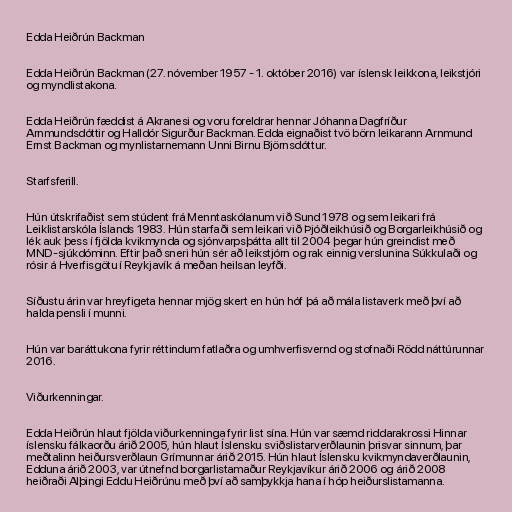
Edda Heiðrún Backman

Edda Heiðrún Backman (27. nóvember 1957 - 1. október 2016) var íslensk leikkona, leikstjóri
og myndlistakona.

Edda Heiðrún fæddist á Akranesi og voru for­eldr­ar henn­ar Jó­hanna Dag­fríður
Arn­munds­dótt­ir og Hall­dór Sig­urður Backm­an. Edda eignaðist tvö börn leikarann Arnmund
Ernst Backman og mynlistarnemann Unni Birnu Björnsdóttur.

Starfsferill.

Hún útskrifaðist sem stúdent frá Menntaskólanum við Sund 1978 og sem leikari frá
Leik­list­ar­skóla Íslands 1983. Hún starfaði sem leikari við Þjóðleikhúsið og Borgarleikhúsið og
lék auk þess í fjölda kvikmynda og sjónvarpsþátta allt til 2004 þegar hún greindist með
MND-sjúkdóminn. Eftir það sneri hún sér að leikstjórn og rak einnig verslunina Súkkulaði og
rósir á Hverfisgötu í Reykjavík á meðan heilsan leyfði.

Síðustu árin var hreyfigeta hennar mjög skert en hún hóf þá að mála listaverk með því að
halda pensli í munni.

Hún var baráttukona fyrir réttindum fatlaðra og umhverfisvernd og stofnaði Rödd náttúrunnar
2016.

Viðurkenningar.

Edda Heiðrún hlaut fjölda viður­kenn­inga fyr­ir list sína. Hún var sæmd riddarakrossi Hinnar
íslensku fálkaorðu árið 2005, hún hlaut Íslensku sviðslist­ar­verðlaun­in þrisvar sinnum, þar
meðtalinn heiður­sverðlaun Grím­unn­ar árið 2015. Hún hlaut Íslensku kvik­mynda­verðlaun­in,
Edd­una árið 2003, var útnefnd borg­ar­listamaður Reykja­vík­ur árið 2006 og árið 2008
heiðraði Alþingi Eddu Heiðrúnu með því að samþykkja hana í hóp heiðurslista­manna.